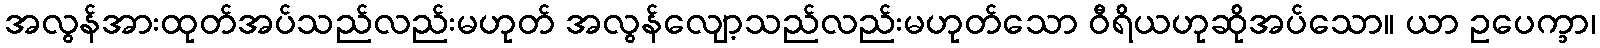
အလွန်အားထုတ်အပ်သည်လည်းမဟုတ် အလွန်လျော့သည်လည်းမဟုတ်သော ဝီရိယဟုဆိုအပ်သော။ ယာ ဥပေက္ခာ၊